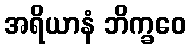
အရိယာနံ ဘိက္ခဝေ